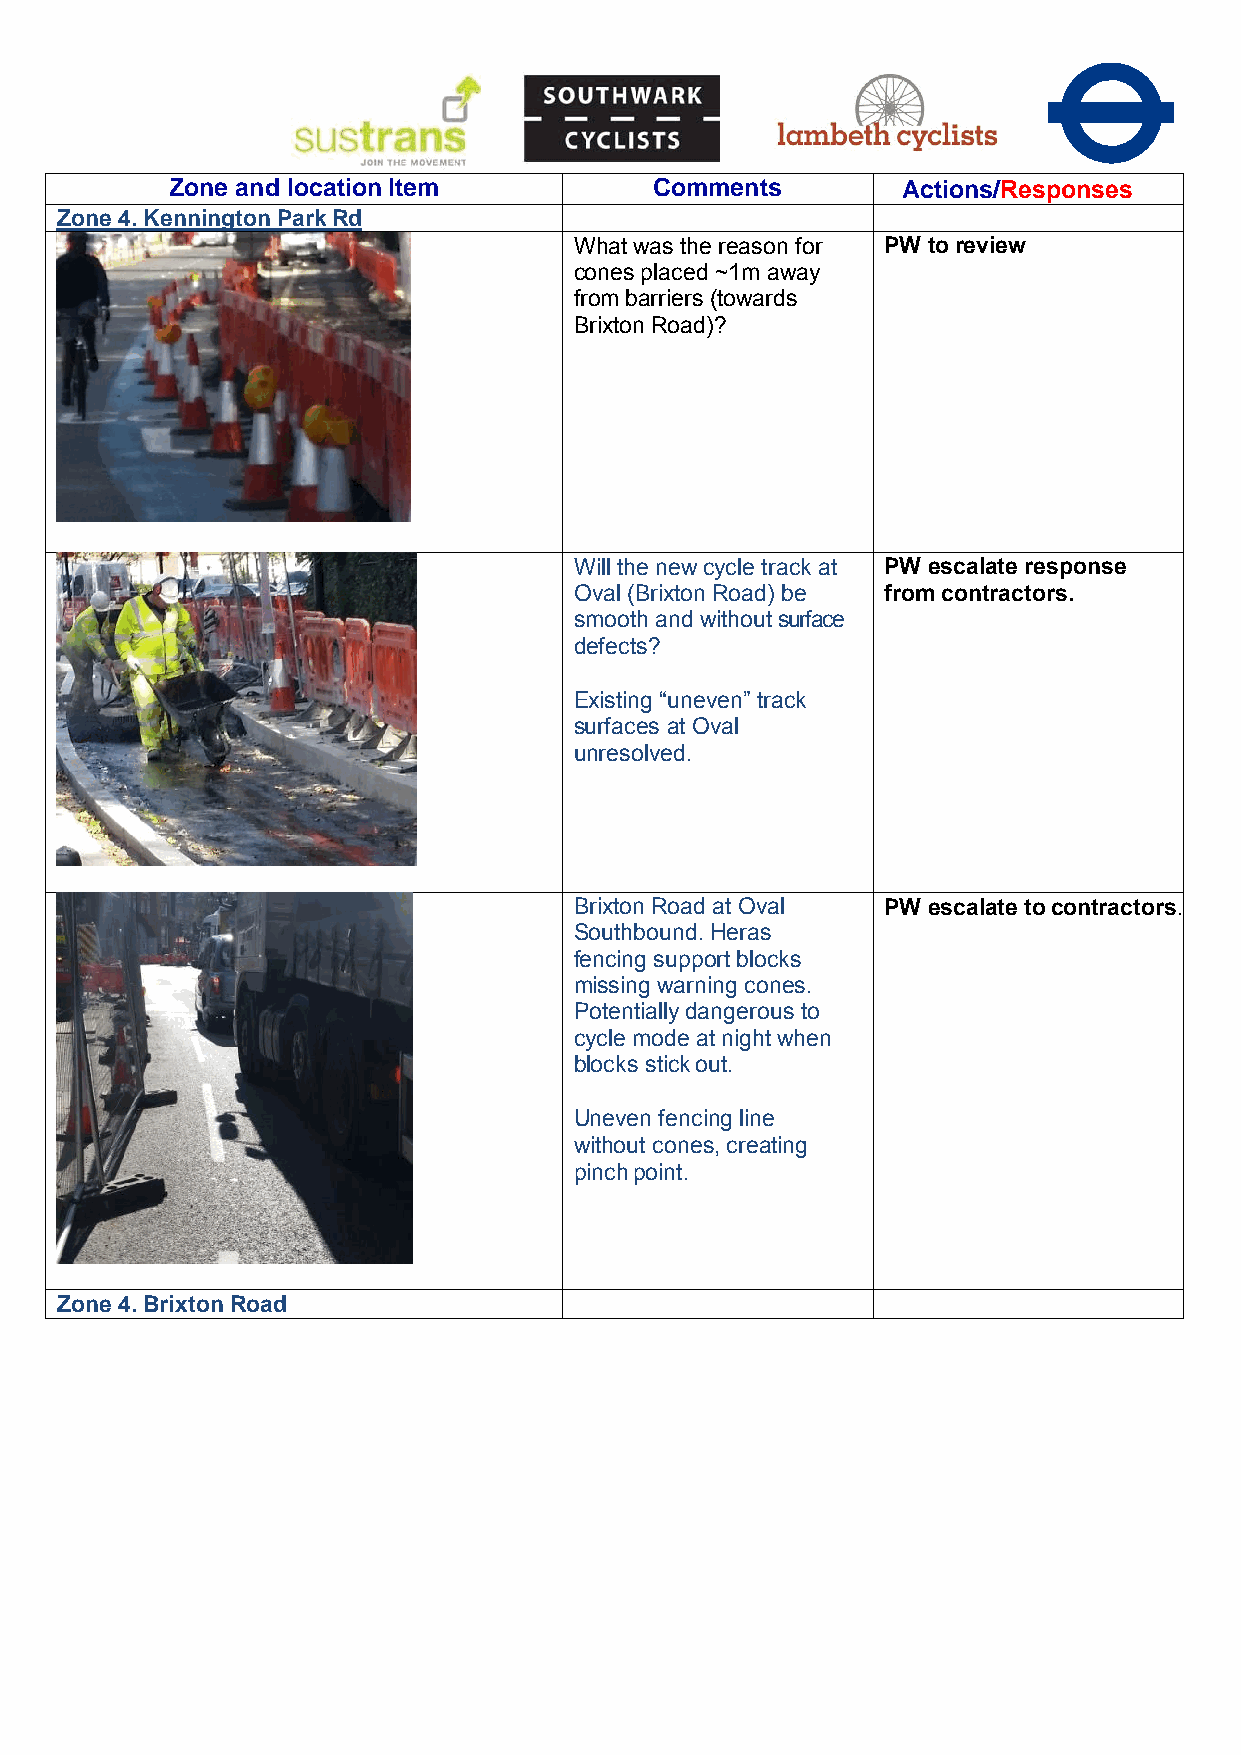
Zone and location Item          Comments         Actions/Responses
 Zone 4. Kennington Park Rd
 What was the reason for PW to review
 cones placed ~1m away
 from barriers (towards
 Brixton Road)?
 Will the new cycle track at PW escalate response
 Oval (Brixton Road) be from contractors.
 smooth and without surface
 defects?
 Existing “uneven” track
 surfaces at Oval
 unresolved.
 Brixton Road at Oval PW escalate to contractors.
 Southbound. Heras
 fencing support blocks
 missing warning cones.
 Potentially dangerous to
 cycle mode at night when
 blocks stick out.
 Uneven fencing line
 without cones, creating
 pinch point.
 Zone 4. Brixton Road